65_HS1-834228961_62-HQ-83894_Section_6
Agency: FBI
Page 29
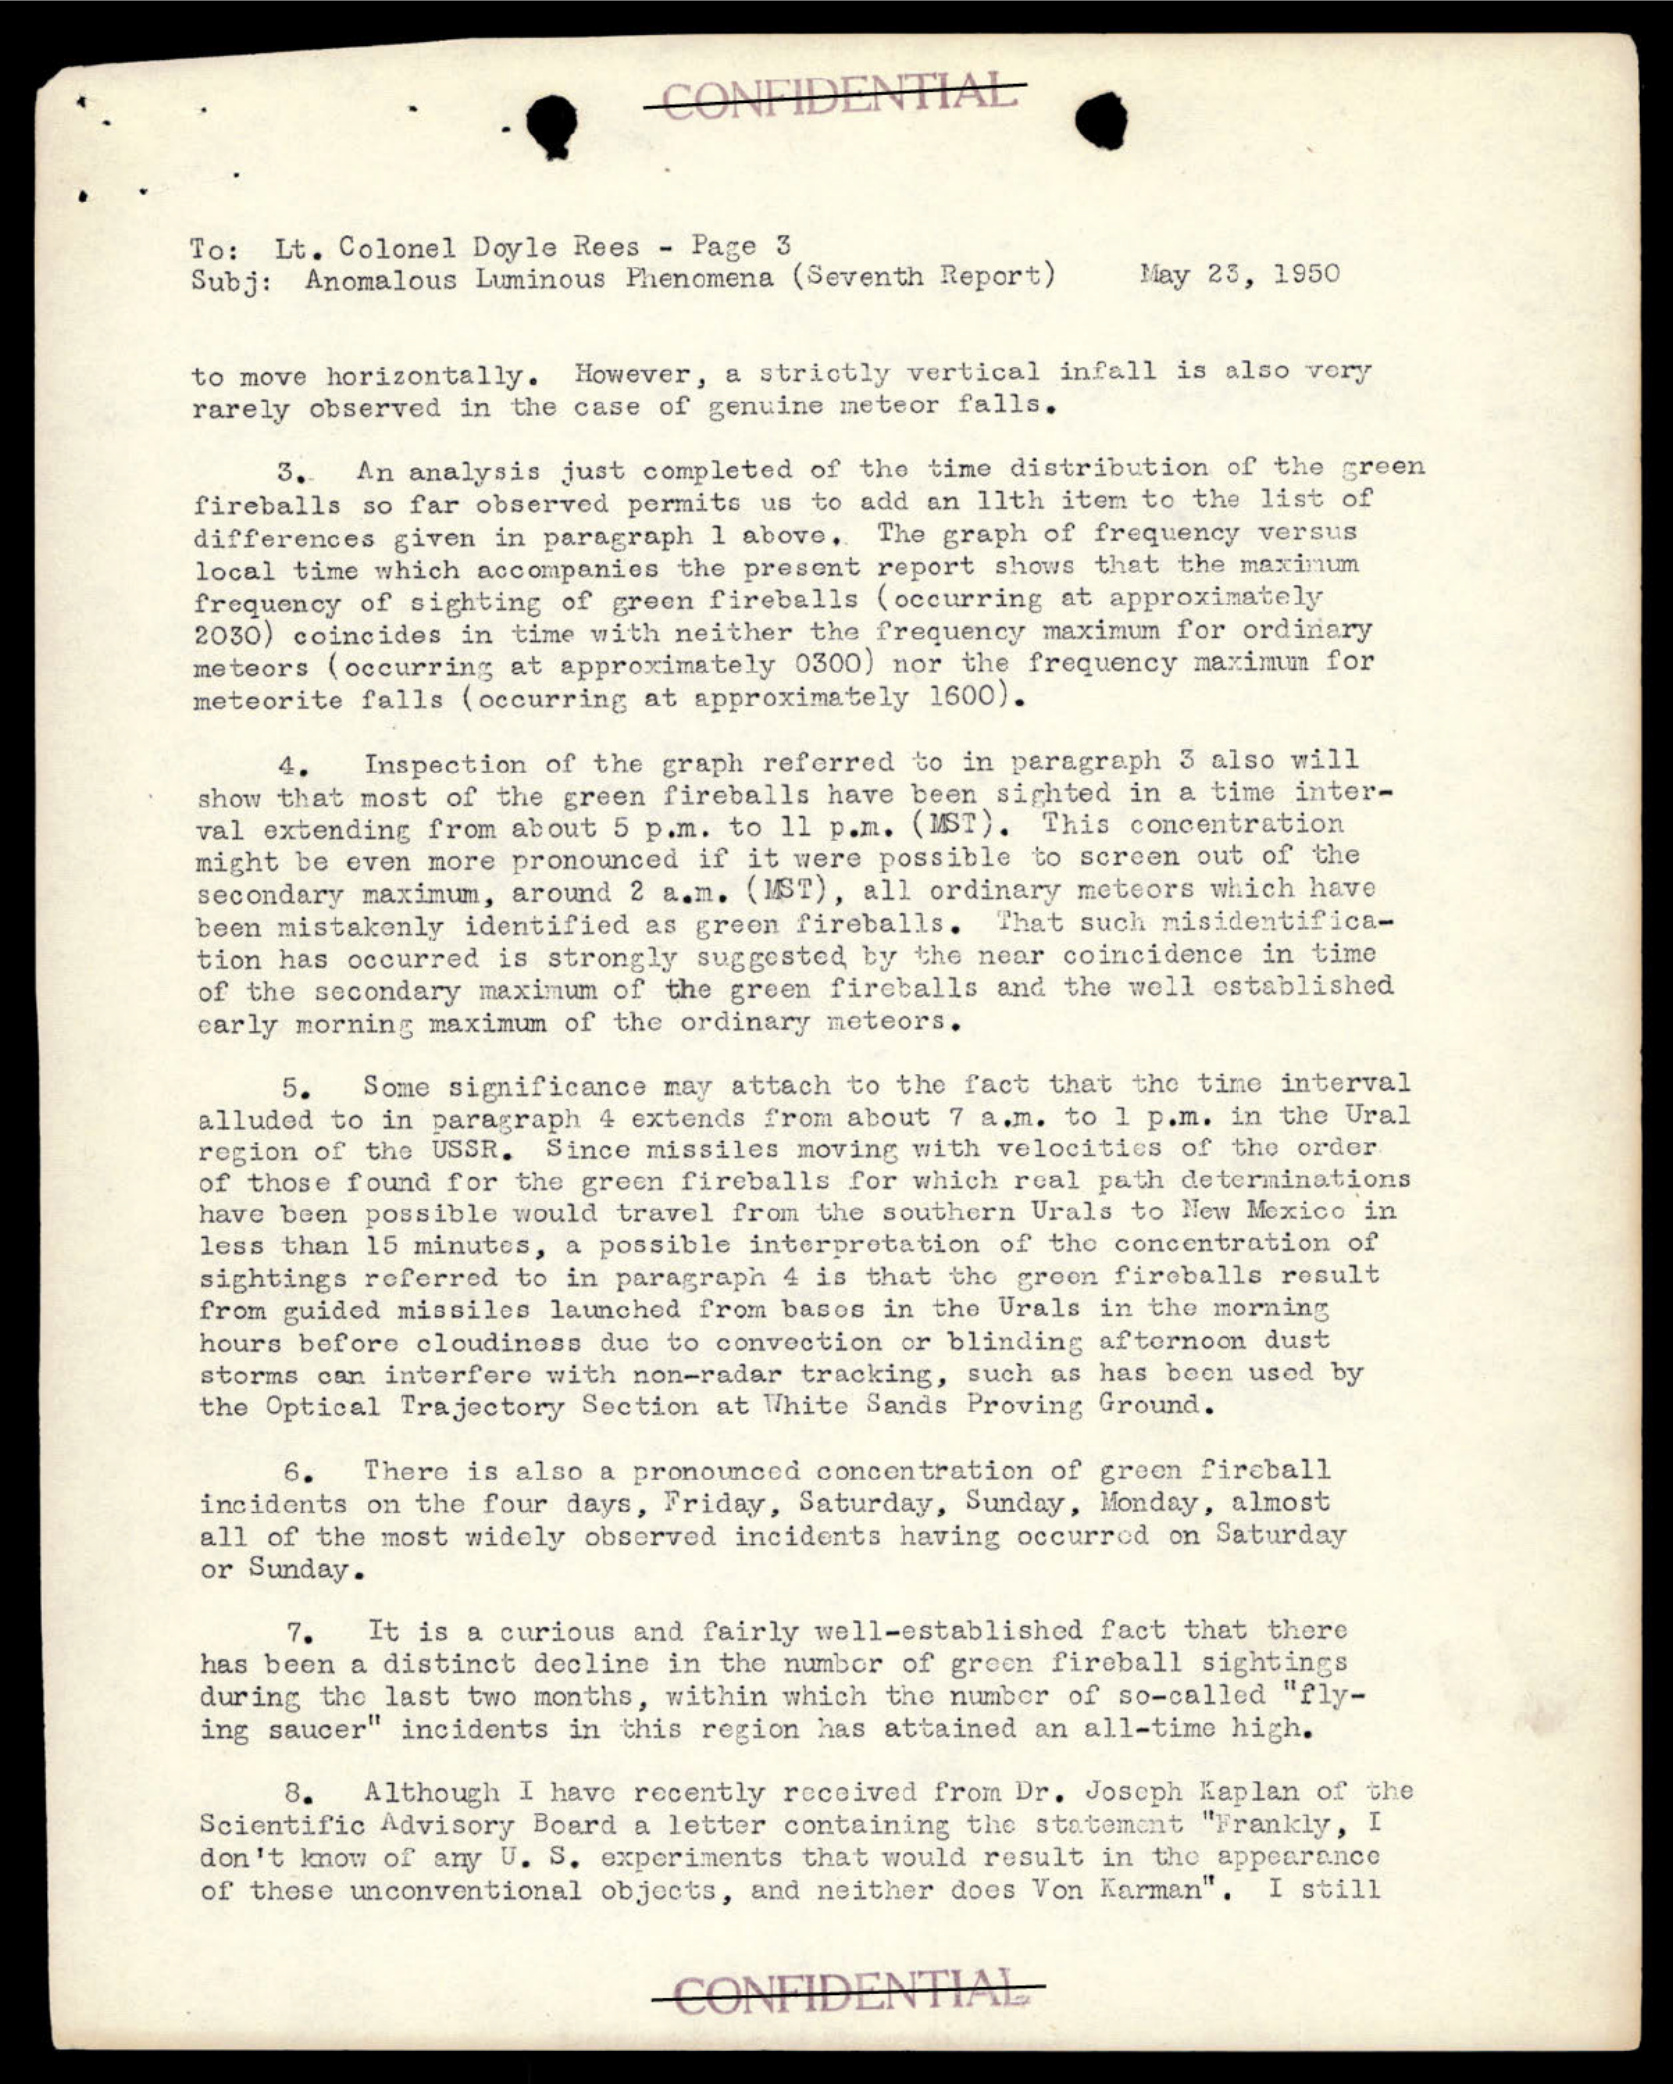